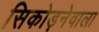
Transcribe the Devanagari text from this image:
सिकोड़नेवाला